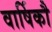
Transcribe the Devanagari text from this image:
वार्षिकौ